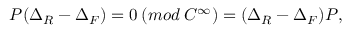
P ( \Delta _ { R } - \Delta _ { F } ) = 0 \: ( m o d \: { \cal C } ^ { \infty } ) = ( \Delta _ { R } - \Delta _ { F } ) P ,